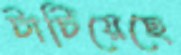
টাটিয়েছে